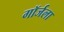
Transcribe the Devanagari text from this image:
गॉर्जला